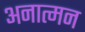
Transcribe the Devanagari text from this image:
अनात्मन